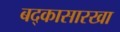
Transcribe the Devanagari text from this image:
बद्कासारखा